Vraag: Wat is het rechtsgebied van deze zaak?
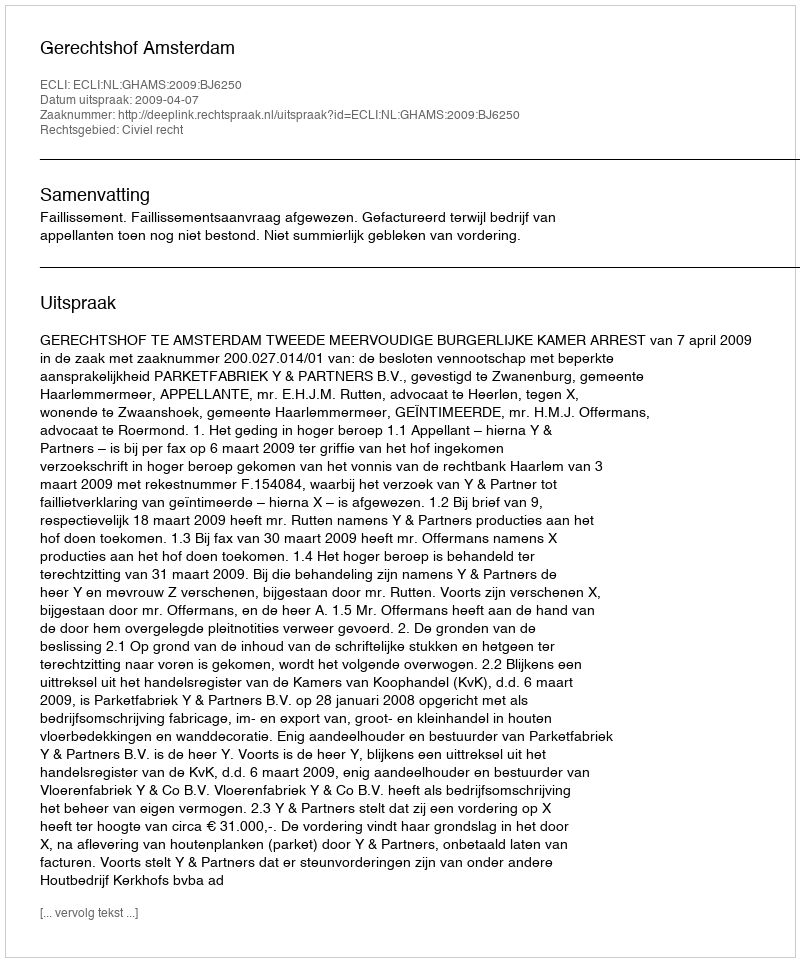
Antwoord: Civiel recht